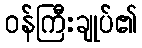
ဝန်ကြီးချုပ်၏